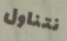
نتناول